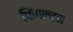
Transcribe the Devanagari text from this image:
फिंगलटन